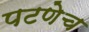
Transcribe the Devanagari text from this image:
पटणेच